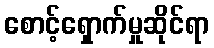
စောင့်ရှောက်မှုဆိုင်ရာ